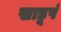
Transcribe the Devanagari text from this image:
साडूपं